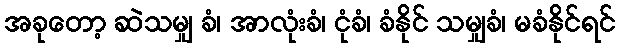
အခုတော့ ဆဲသမျှ ခံ၊ အာလုံးခံ၊ ငုံခံ၊ ခံနိုင် သမျှခံ၊ မခံနိုင်ရင်